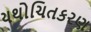
યથોચિતકરણ